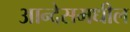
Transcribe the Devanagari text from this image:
आन्देसमधील